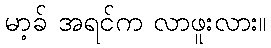
မာ့ခ် အရင်က လာဖူးလား။